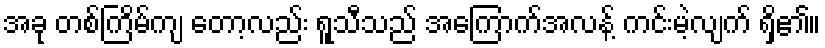
အခု တစ်ကြိမ်ကျ တော့လည်း ရူသီသည် အကြောက်အလန့် ကင်းမဲ့လျက် ရှိ၏။